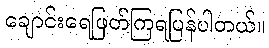
ချောင်းရေဖြတ်ကြရပြန်ပါတယ်။